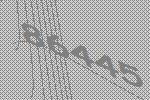
86445